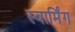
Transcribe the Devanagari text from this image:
स्वार्मिंग